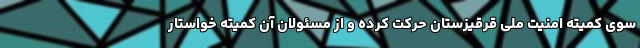
سوی کمیته امنیت ملی قرقیزستان حرکت کرده و از مسئولان آن کمیته خواستار